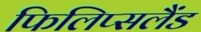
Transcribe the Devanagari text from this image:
फिलिप्सलैंड